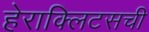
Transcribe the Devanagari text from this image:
हेराक्लिटसची